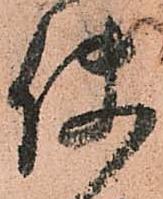
使